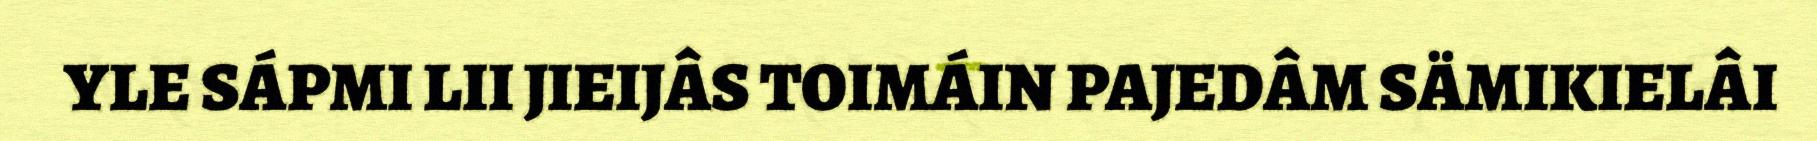
YLE SÁPMI LII JIEIJÂS TOIMÁIN PAJEDÂM SÄMIKIELÂI